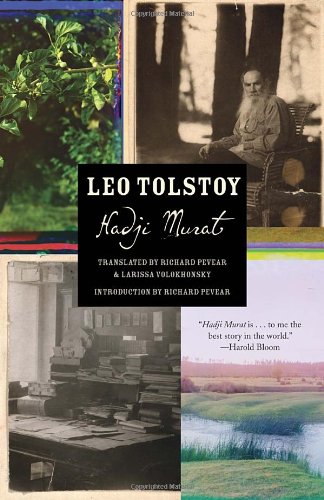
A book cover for Hadji Murat (Vintage Classics); Leo Tolstoy; Literature & Fiction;